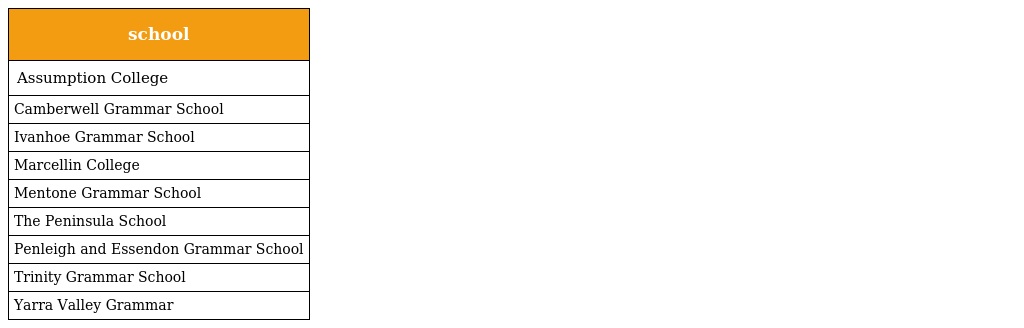
| school |
 | --- |
 | Assumption College |
 | Camberwell Grammar School |
 | Ivanhoe Grammar School |
 | Marcellin College |
 | Mentone Grammar School |
 | The Peninsula School |
 | Penleigh and Essendon Grammar School |
 | Trinity Grammar School |
 | Yarra Valley Grammar |